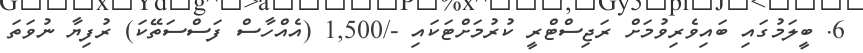
6. ބީލަމުގައި ބައިވެރިވުމަށް ރަޖިސްޓްރީ ކުރުމަށްޓަކައި -/1